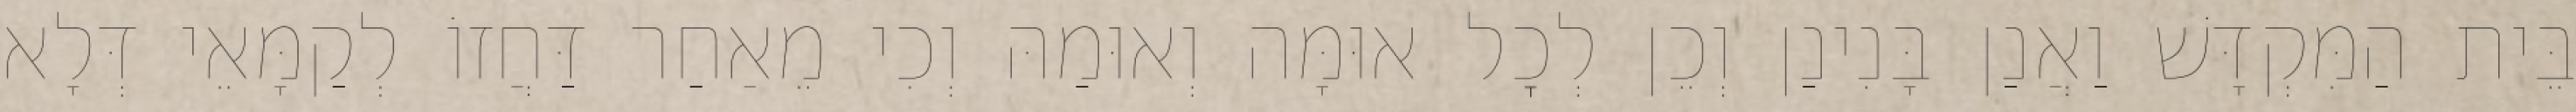
בֵּית הַמִּקְדָּשׁ וַאֲנַן בָּנִינַן וְכֵן לְכׇל אוּמָּה וְאוּמַהּ וְכִי מֵאַחַר דַּחֲזוֹ לְקַמָּאֵי דְּלָא